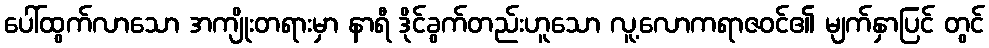
ပေါ်ထွက်လာသော အကျိုးတရားမှာ နာရီ ဒိုင်ခွက်တည်းဟူသော လူ့လောကရာဇဝင်၏ မျက်နှာပြင် တွင်